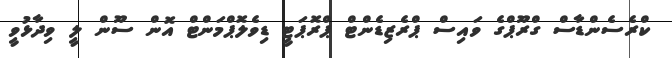
ކްރެސެންޑާސް ގްރޫޕްގެ ވައިސް ޕްރެޒިޑެންޓް ޕްރޮޕަޓީ ޑިވެލޮޕްމަންޓް އޮން ސޫން ލީ ވިދާޅުވީ